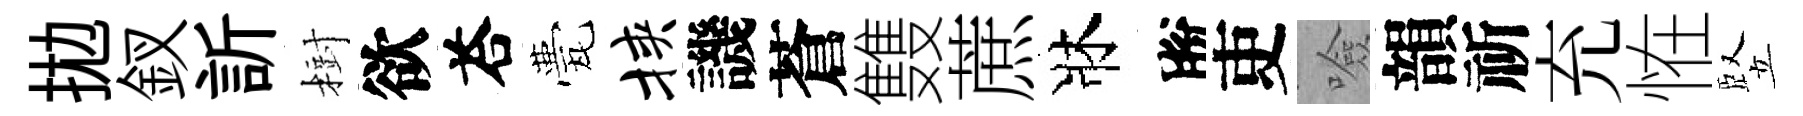
拋釵訢𣗳欲荅甍挟譏蒼䨇蔗牀脫吏噞韻祈充恠竪